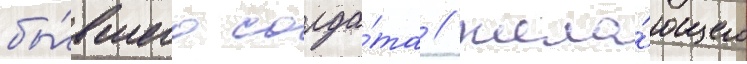
бы́вшего солда́та / жела́ющего